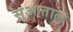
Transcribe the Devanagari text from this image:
सुआताल